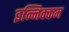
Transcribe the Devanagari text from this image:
इन्निक्कम